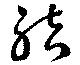
結